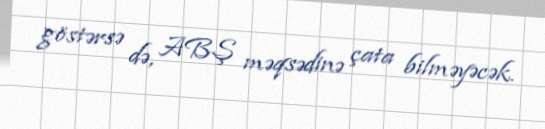
göstərsə də, ABŞ məqsədinə çata bilməyəcək.